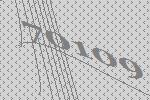
70109